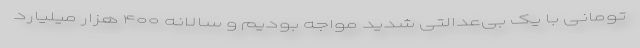
تومانی با یک بی‌عدالتی شدید مواجه بودیم و سالانه ۴۰۰ هزار میلیارد